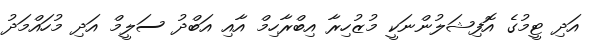
އަދި ޓީމުގެ އޮފިޝަލުންނަކީ މުޒުހިރާ އިބްރާހިމް އާއި އަބްދު ސަލީމް އަދި މުހައްމަދު